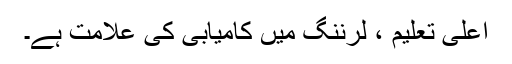
اعلیٰ تعلیم ، لرننگ میں کامیابی کی علامت ہے۔